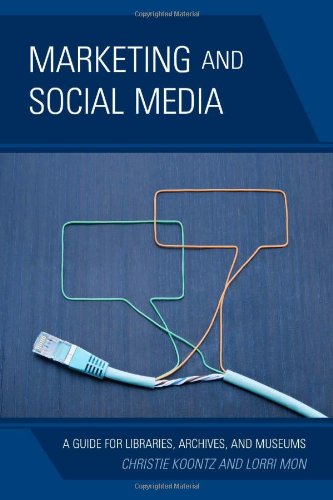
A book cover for Marketing and Social Media: A Guide for Libraries, Archives, and Museums; Christie Koontz; Computers & Technology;